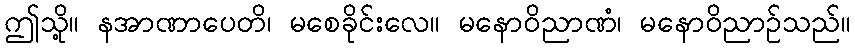
ဤသို့။ နအာဏာပေတိ၊ မစေခိုင်းလေ။ မနောဝိညာဏံ၊ မနောဝိညာဉ်သည်။